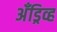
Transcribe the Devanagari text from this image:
अँड्रिव्ह